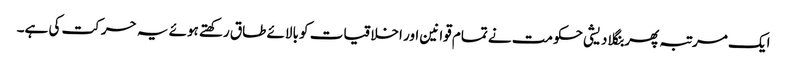
ایک مرتبہ پھر بنگلا دیشی حکومت نے تمام قوانین اور اخلاقیات کو بالائے طاق رکھتے ہوئے یہ حرکت کی ہے۔